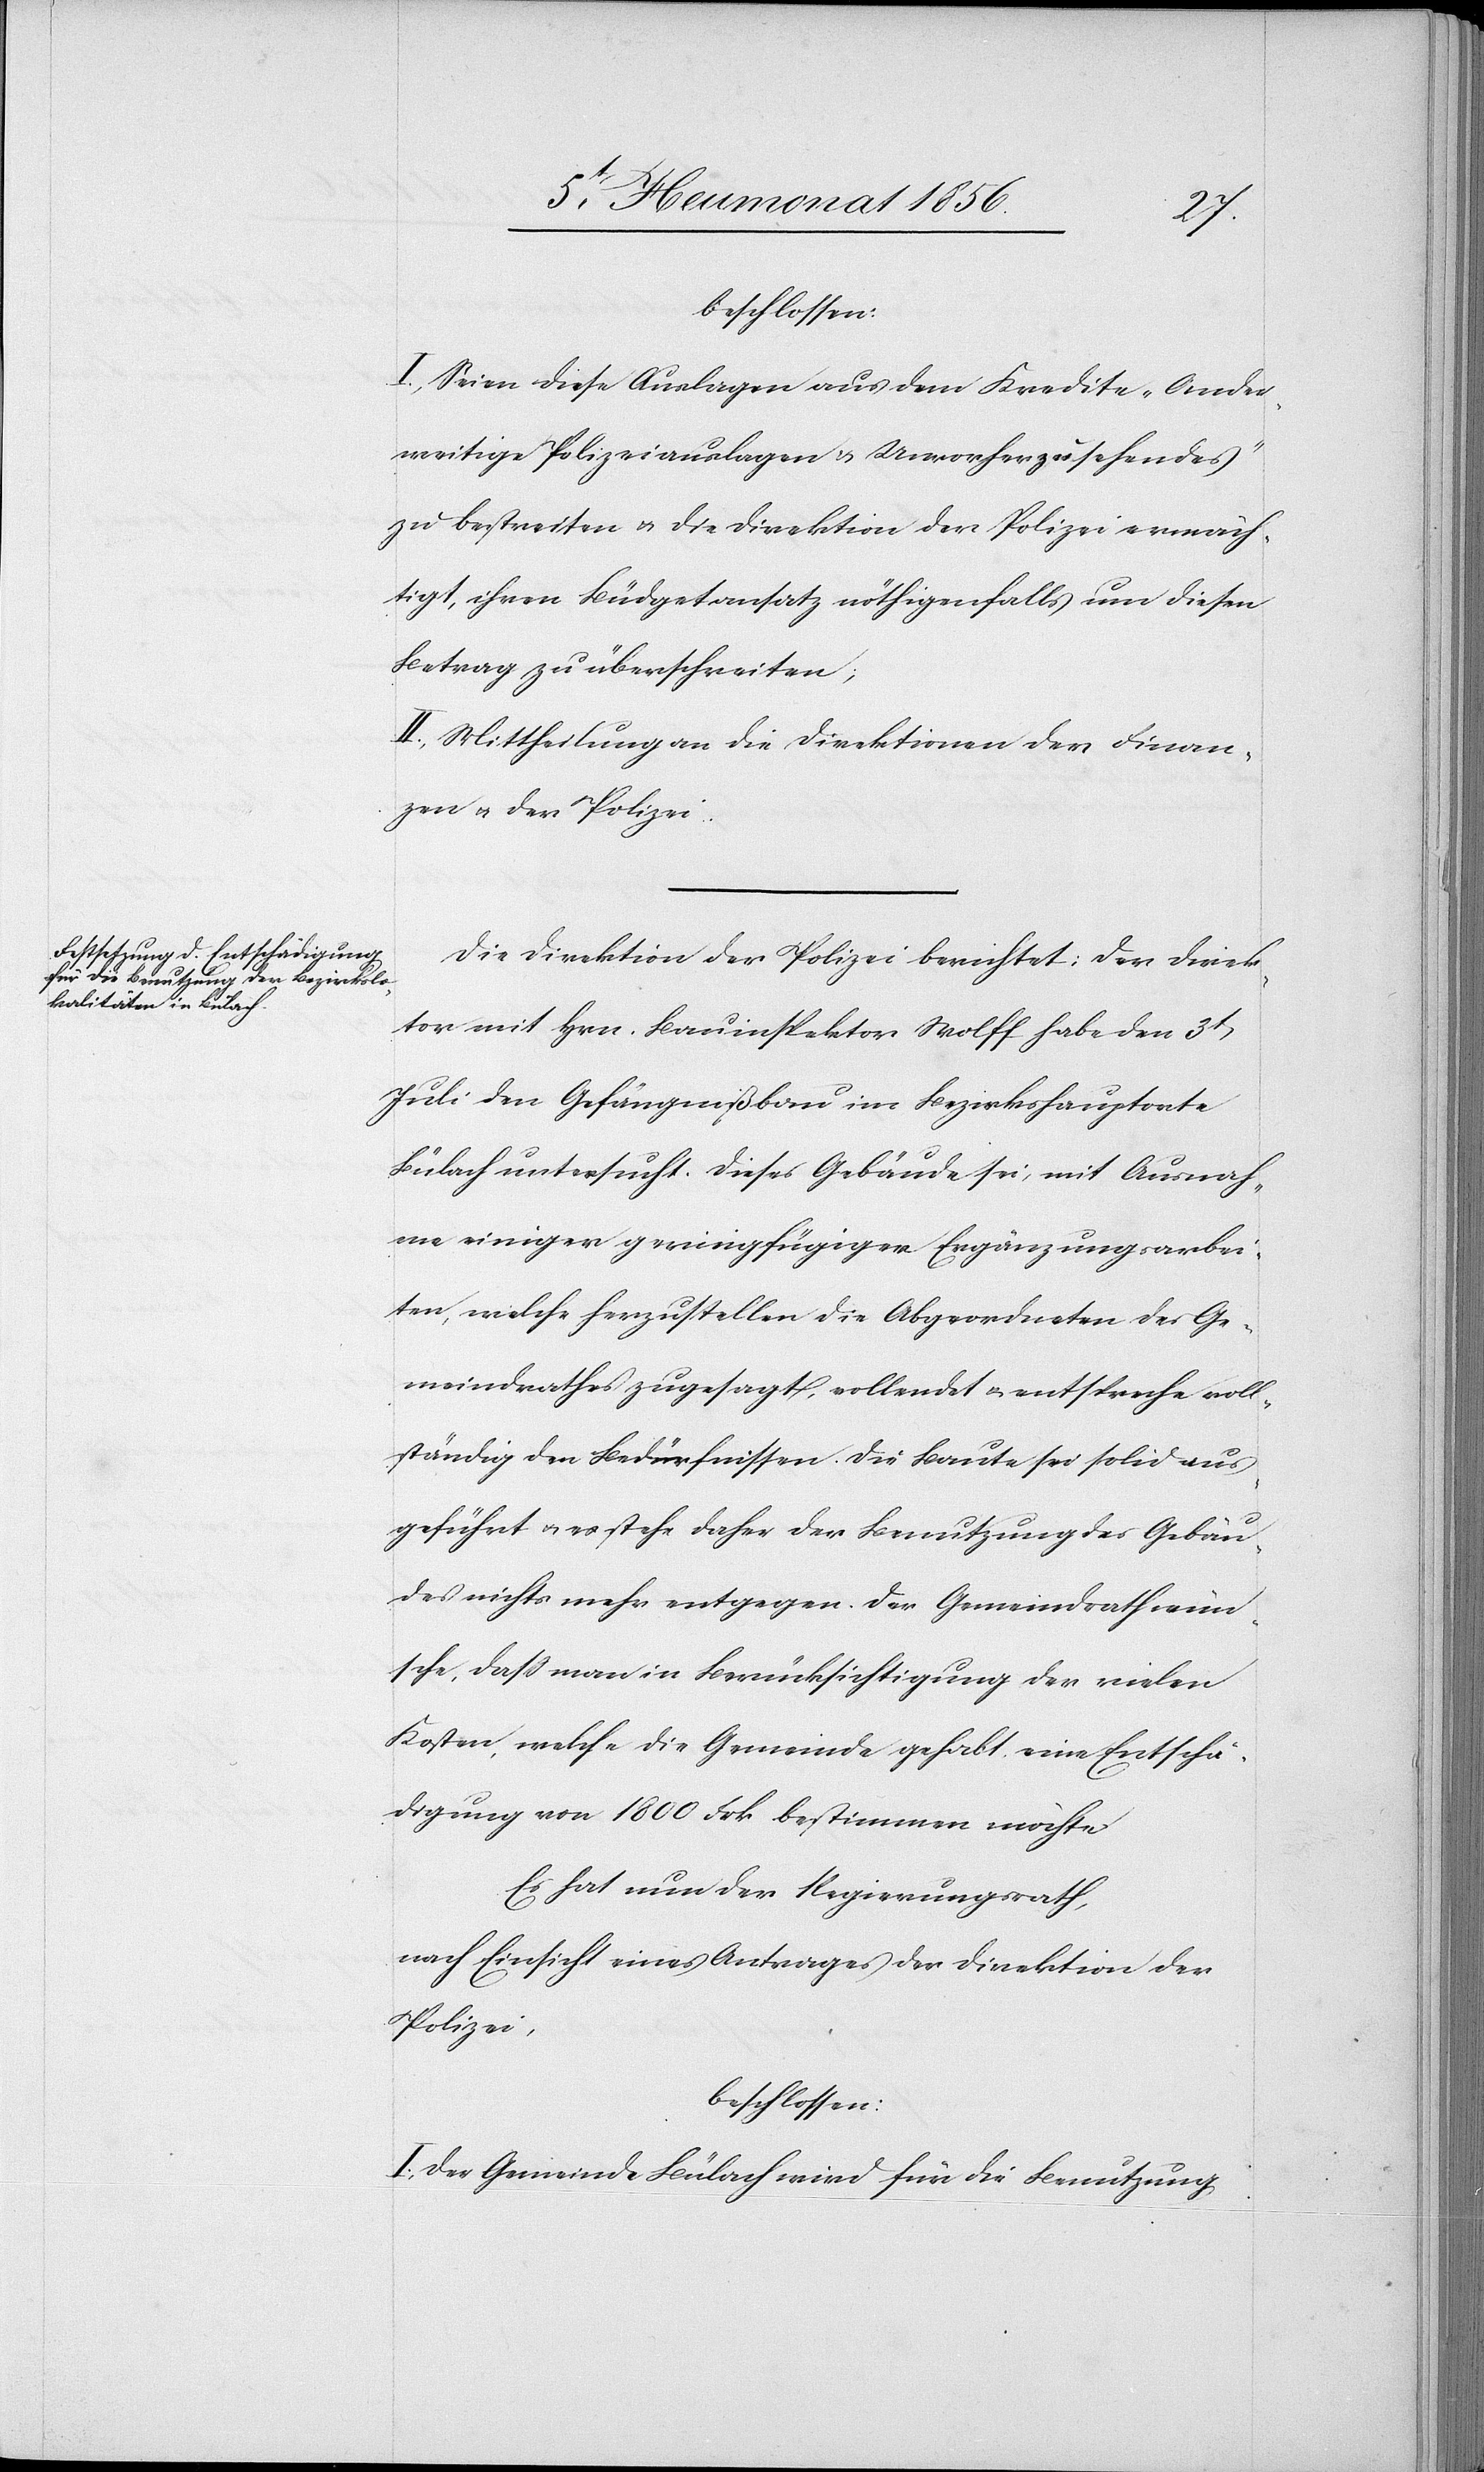
beschlossen:
I.) Seien diese Auslagen aus dem Kredite „Ander¬
weitige Polizeiauslagen & Unvorherzusehendes"
zu bestreiten u. die Direktion der Polizei ermäch¬
tigt, ihren Büdgetansatz nöthigenfalls um diesen
Betrag zu überschreiten;
II.) Mittheilung an die Direktionen der Finan¬
zen u. der Polizei.
Die Direktion der Polizei berichtet: Der Direk¬
tor mit Hrn. Bauinspektor Wolff habe den 3t
Juli den Gefängnißbau im Bezirkshauptorte
Bülach untersucht. Dieses Gebäude sei, mit Ausnah¬
me einiger geringfügiger Ergänzungsarbei¬
ten, welche herzustellen die Abgeordneten des Ge¬
meindrathes zugesagt, vollendet u. entspreche voll¬
ständig den Bedürfnissen. Die Baute sei solid aus¬
geführt u. es stehe daher der Benutzung des Gebäu¬
des nichts mehr entgegen. Der Gemeindrath wün¬
sche, dass man in Berücksichtigung der vielen
Kosten, welche die Gemeinde gehabt, eine Entschä¬
digung von 1800 Frk bestimmen möchte.
Es hat nun der Regierungsrath,
nach Einsicht eines Antrages der Direktion der
Polizei,
beschlossen:
I. Der Gemeinde Bülach wird für die Benutzung